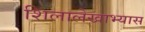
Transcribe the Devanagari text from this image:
शिलालेखाभ्यास